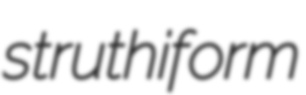
struthiform